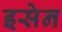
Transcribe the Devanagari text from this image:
इसेन